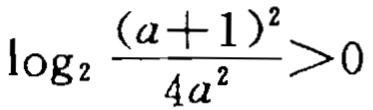
\(\log_{2} \frac{(a + 1)^{2}}{4a^{2}}>0\)